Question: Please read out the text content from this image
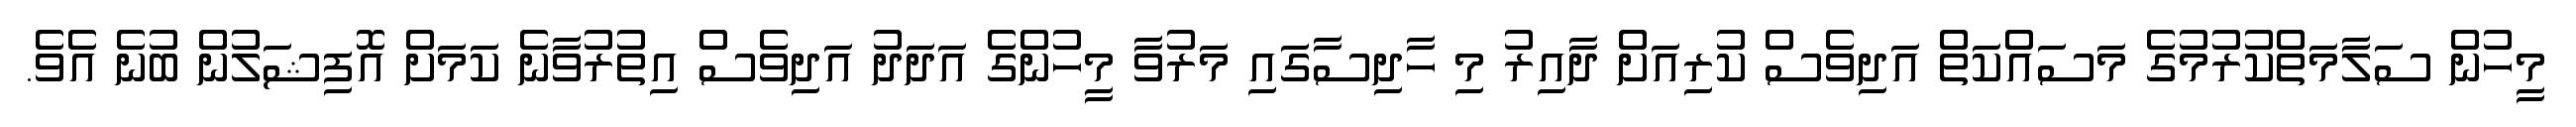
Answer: މީހުން ސަލާމަތްކުރުމުގެ މަސައްކަތް އަދިވެސް ކުރިއަށް ދާއިރު މި ހާދިސާގައި މަރުވާ މީހުންގެ އަދަދު އަދިވެސް އިތުރުވާނެ ކަމަށް އޮފިޝަލުން ބުނެ އެވެ.